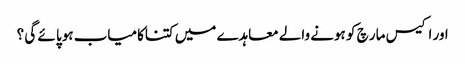
اور اکیس مار چ کو ہونے والے معاہدے میں کتناکامیاب ہوپا ئے گی ؟